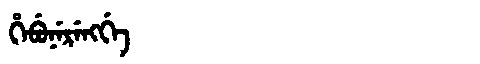
Manchu: ᡥᡝᠪᡠᠨᡝᡵᡝᠩᡤᡝ
Romanization: HEBUNERENGGE